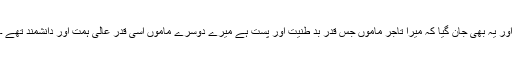
اور یہ بھی جان گیا کہ میرا تاجر ماموں جس قدر بد طنیت اور پست ہے میرے دوسرے ماموں اسی قدر عالی ہمت اور دانشمند تھے ۔